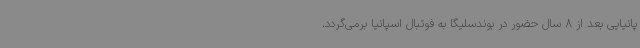
پانیایی بعد از 8 سال حضور در بوندسلیگا به فوتبال اسپانیا برمی‌گردد.